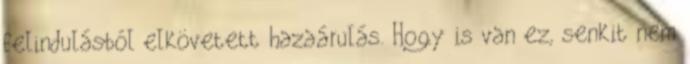
felindulásból elkövetett hazaárulás. Hogy is van ez, senkit nem